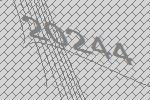
20244